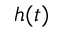
h ( t )